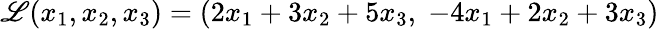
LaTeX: \mathscr{L}(x_{1},x_{2},x_{3})=(2x_{1}+3x_{2}+5x_{3},\; -4x_{1}+2x_{2}+3x_{3})